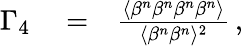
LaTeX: \begin{array}{rlr}{\Gamma_{4}}&{{}=}&{\frac{\langle\beta^{n}\beta^{n}\beta^{n}\beta^{n}\rangle}{\langle\beta^{n}\beta^{n}\rangle^{2}}\, ,}\end{array}